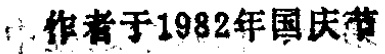
作者于1982年国庆节